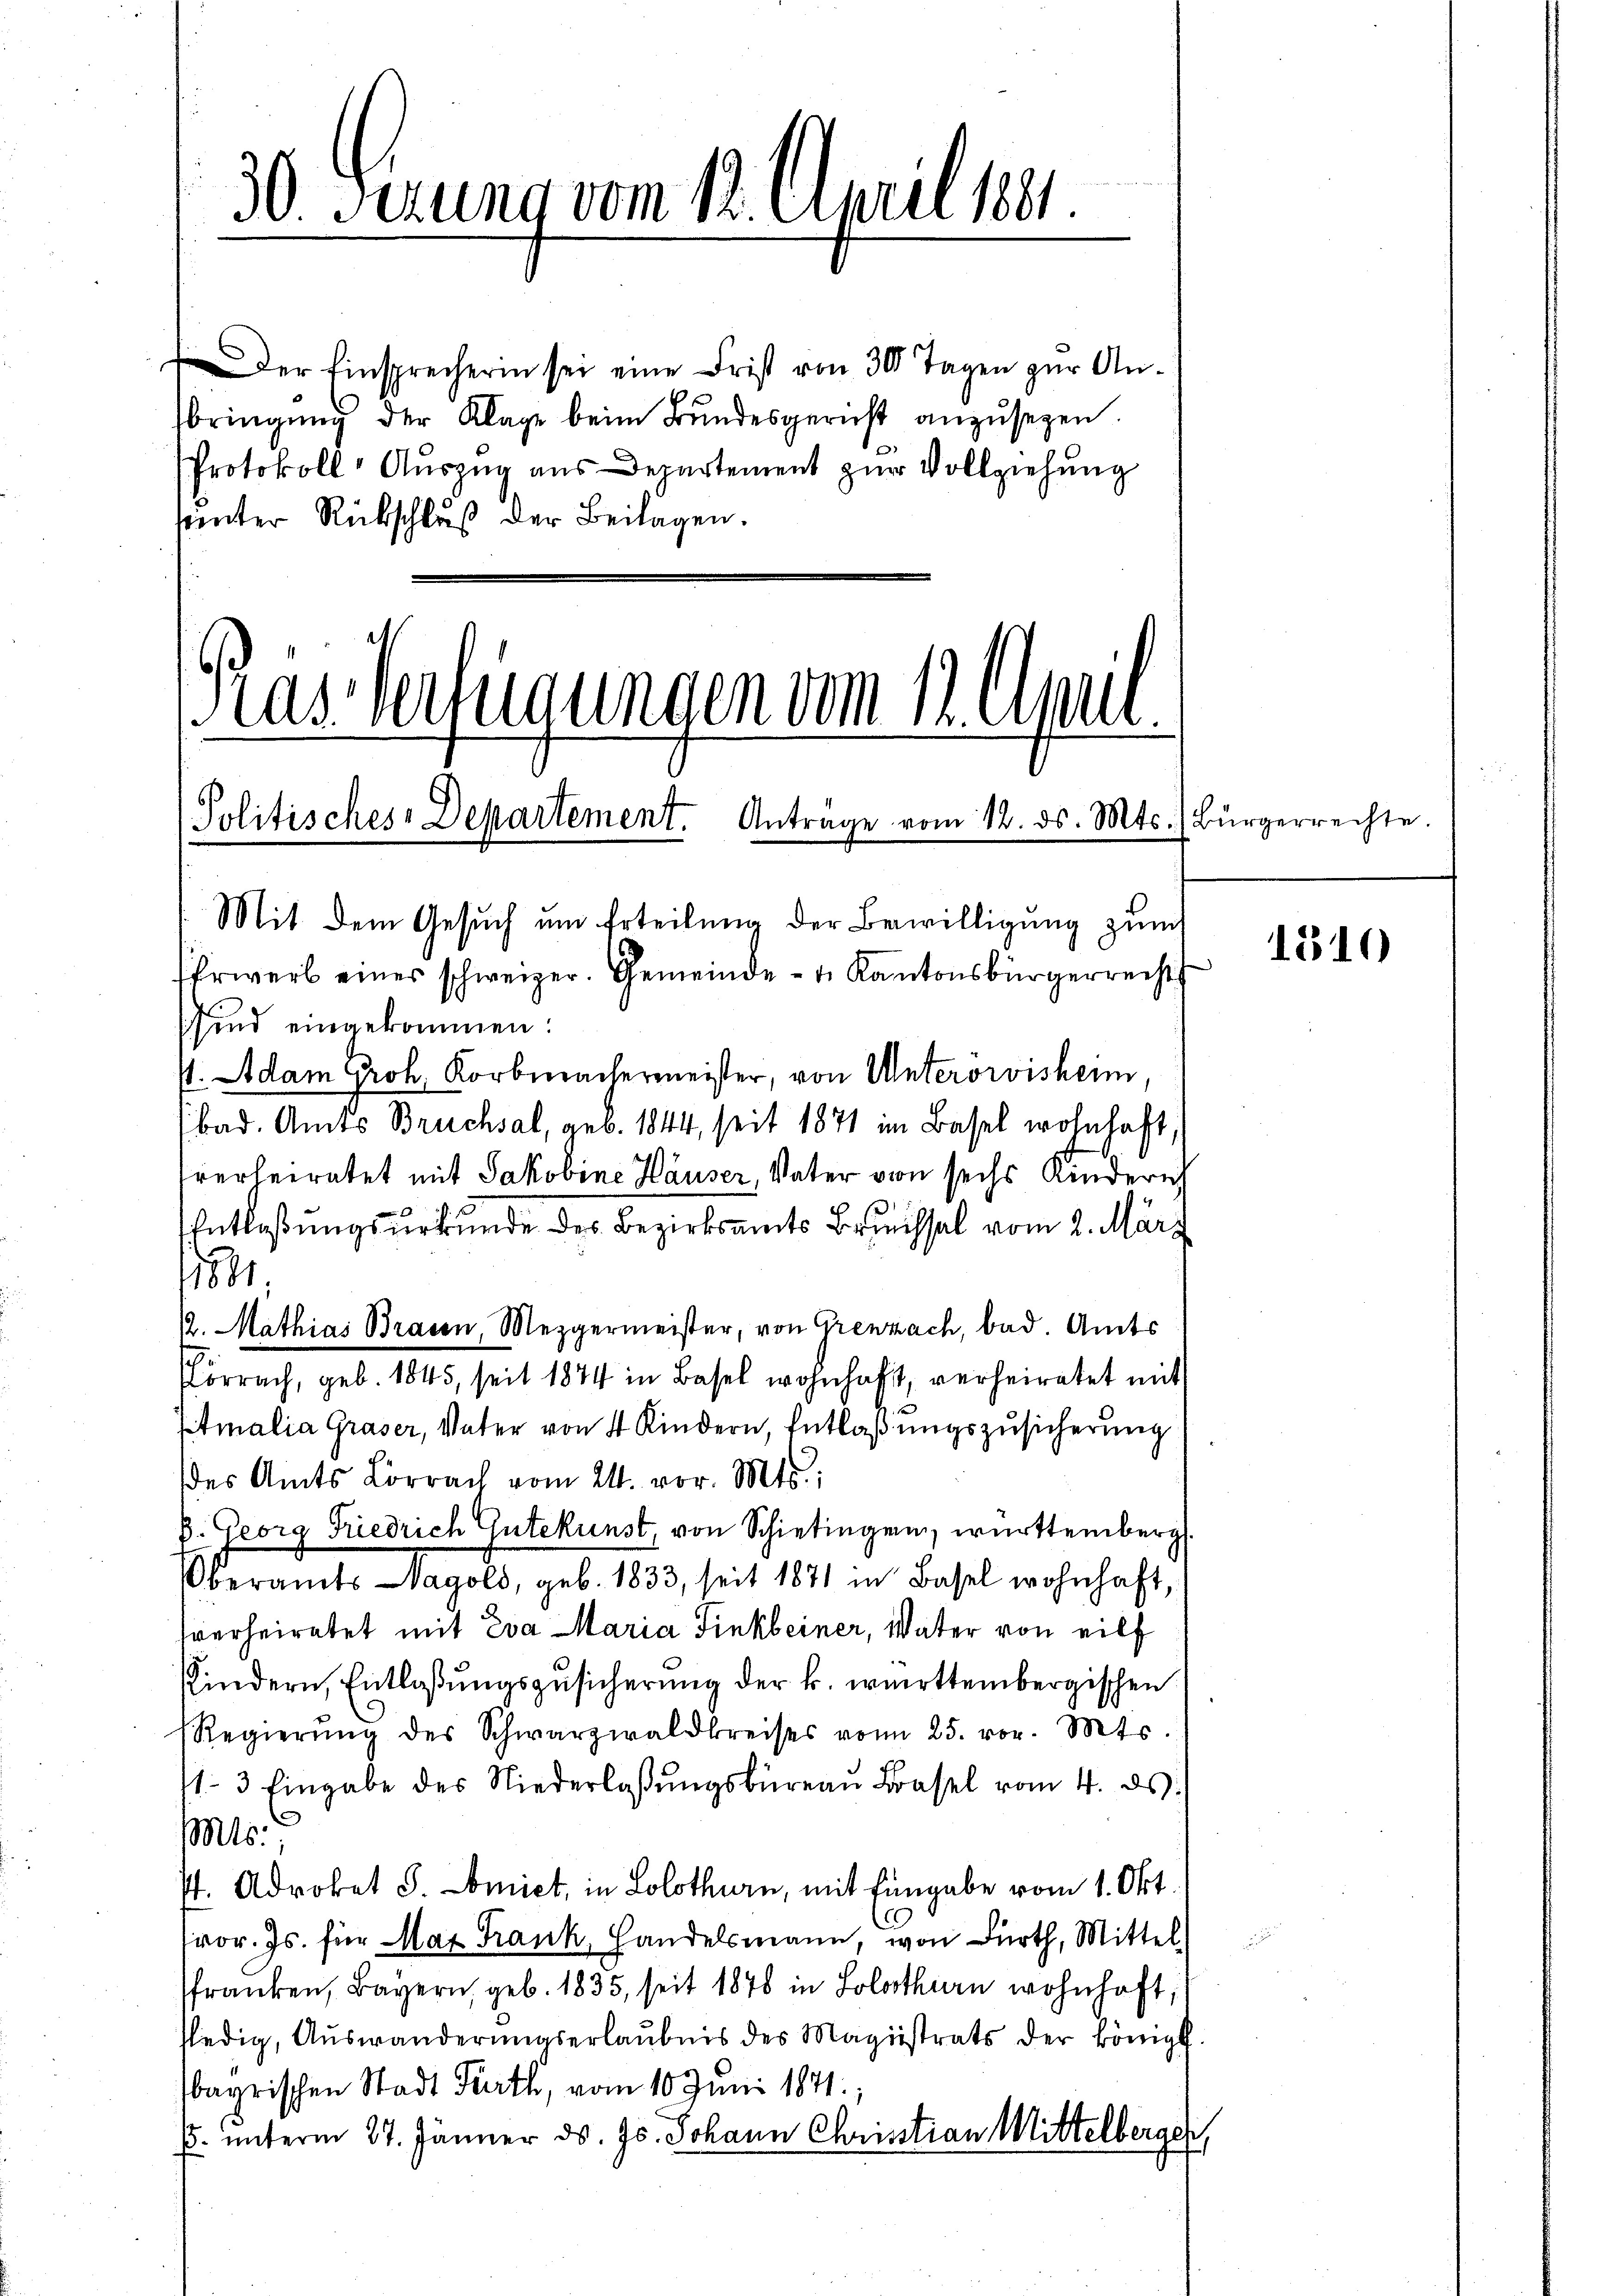
30. Setzung vom 12. April 1881.

Der Einsprecherin sei eine Frist von 30 Tagen zur Anbringŭng der Klage beim Bundesgericht anzusehen.
Protokoll Auszug aus Departement zur Vollziehung
unter Rückschluß der Beilagen.

Ras Verfügungen vom 12. April.
Politisches-Departement. Antrage vom 12. ds. Mts. ) Bürgerrechte.
Mit dem Gesuch um Erteilung der Bewilligung zum

Ehrwerb einer schweizer. Gemeinde- u. Kantonsbürgerrecht
sind eingekommen.
. Adam Groh. Korbrachermeister, von Unterorvisheim,
bad. Amts Bruchsal, geb. 1844, seit 1871 im Basel wohnhaft,
verheiratet mit Jakobine Häuser, Vater von sechs Kindern
Entlaßungsurkunde des Bezirksamts Bruchsel vom 2. März
11801.
12. Mathias Brasen, Mezgermeister, von Grenzach, bad. Amts
.
brrach, geb. 1845, seit 1874 in Basel wohnhaft, verheiratet mit
Etmalia Graser, Vater von 4 Kindern, Entlaßungszusicherung
des Amts Lörrach vom 24. vor. Mts.:
B. Georg Friedrich Gutekunst, von Schietingen württemberg
Oberamts Vagold, geb. 1833, seit 1871 in Basel wohnhaft,
verheiratet mit Eva Maria Finkleiner, Vater von eilt
Kindern, Entlaßungszusicherung der k. württembergischen
Regierŭng des Schwarzwaldkreises vom 25. vor. Mts.
1-3 Eingabe des Niederlaβŭngsbüreau Basel vom 4. ds.
Mts.,
st. Advokat S. Comiet, in Solothurn, mit Eingabe vom 1. Okt.
fvor. Js. für Max Frank, Handelsmann, von Dürth, Mittel
franken, Bayern, geb. 1835, seit 1878 in Solothurn wohnhaft;
fledig, Aŭswanderŭngserlaŭbnis des Magistrats der königl.
bayrischen Stadt Parth, vom 10. Juni 1871;
E. unterm 27. Jänner ds. 75. Johann Christian Mittelberger,

1510